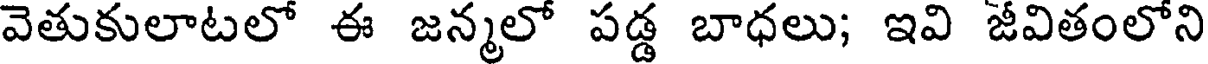
వెతుకులాటలో ఈ జన్మలో పడ్డ బాధలు; ఇవి జీవితంలోని